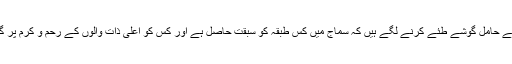
یہ بھی اسی سوچ کے حامل گوشے طئے کرنے لگے ہیں کہ سماج میں کس طبقہ کو سبقت حاصل ہے اور کس کو اعلی ذات والوں کے رحم و کرم پر گذارہ کرنا پڑے گا ۔